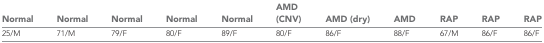
| Normal | Normal | Normal | Normal | Normal | AMD (CNV) | AMD (dry) | AMD | RAP | RAP | RAP |
 | --- | --- | --- | --- | --- | --- | --- | --- | --- | --- | --- |
 | 25/M | 71/M | 79/F | 80/F | 89/F | 80/F | 86/F | 88/F | 67/M | 86/F | 86/F |